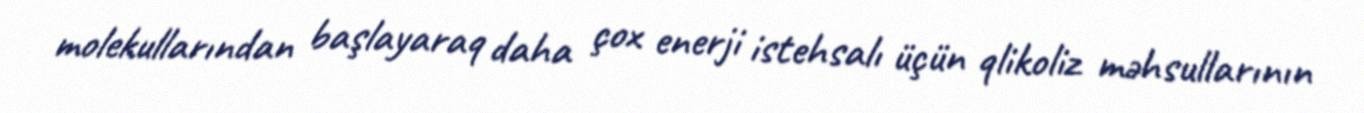
molekullarından başlayaraq daha çox enerji istehsalı üçün qlikoliz məhsullarının